Annual administration report of the Civil Veterinary Department of India - 1897-1898
Year: 1897
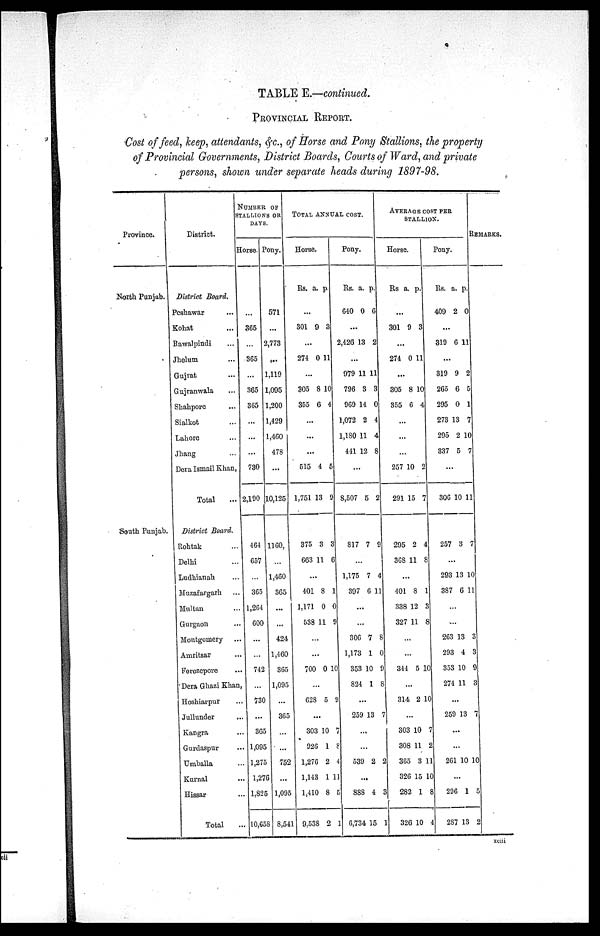
TABLE E.—continued.
PROVINCIAL REPORT.
Cost of feed, keep, attendants, &c., of Horse and Pony Stallions, the property
of Provincial Governments, District Boards, Courts of Ward, and private
persons, shown under separate heads during 1897-98.
Province.
North Punjab.
South Punjab.
District.
District Board.
Peshawar ...
Kohat ...
Bawalpindi ...
Jhelum ...
Gujrat ...
Gujranwala ...
Shahpore ...
Sialkot ...
Lahore
Jhang ...
Dera Ismail Khan
Total
District Board.
Rohtak ...
Delhi ...
Ludhianah ...
Muzafargarh ...
Multan ...
Gurgaon ...
Montgomery...
Amritsar ...
Ferozepore ...
Dera Ghazi Khan...
Hoshiarpur...
Jullunder...
Kangra ...
Gurdaspur...
Umballa...
Kurnal...
Hissar...
Total...
NUMBER OF
STALLIONS OR
DAYS.
Horse.
...
365
...
365
...
365
365
...
...
...
730
2190
464
657
...
365
1,264
600
...
...
742
...
730
...
...
365
...
1,095
1,275
1,276
1,825
10,658
Pony.
571
...
2,773
...
1,119
1,095
1,200
1,429
1,460
478
...
10,125
1160,
...
1,460
365
...
...
424
1,460
365
1,095
...
365
...
...
752
1,095
8,541
TOTAL ANNUAL COST.
Horse.
Rs.
...
301
274
305
355
515
1,751
375
663
401
1,171
538
700
628
303
926
1,276
1,143
1,410
9,538
a.
9
...
0
...
8
6
...
...
...
4
13
3
11
...
8
0
11
...
...
0
...
5
...
10
1
2
1
8
2
p.
3
11
10
4
5
9
3
6
1
0
9
10
9
7
8
4
11
5
1
Pony.
Rs.
640
2,426
979
796
969
1,072
1,180
441
8,507
817
1,175
397
306
1,173
353
824
259
539
888
6,734
a.
0
...
13
...
11
3
14
2
11
12
...
5
7
...
7
6
...
...
7
1
10
1
...
13
...
...
2
...
4
15
p.
6
2
11
3
0
4
4
8
2
9
4
11
8
0
9
8
7
2
3
1
AVERAGE COST PER
STALLION.
Horse.
Rs
301
274
305
355
257
291
295
368
401
338
327
344
314
303
308
365
326
282
326
a.
...
9
...
0
...
8
6
...
...
...
10
15
2
11
...
8
12
11
...
...
5
...
2
...
10
11
3
15
1
10
p.
3
11
10
4
2
7
4
8
1
3
8
10
10
7
2
11
10
8
4
Pony.
Rs.
409
319
319
265
295
273
295
337
306
257
293
387
263
293
353
274
259
261
296
287
a.
2
...
6
...
9
6
0
13
2
5
...
10
3
...
13
6
...
...
13
4
10
11
...
13
...
...
10
...
1
13
p.
0
11
2
5
1
7
10
7
11
7
10
11
3
3
9
3
7
10
5
2
REMARKS.
xciii